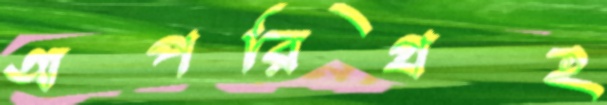
অপরিগ্রহ